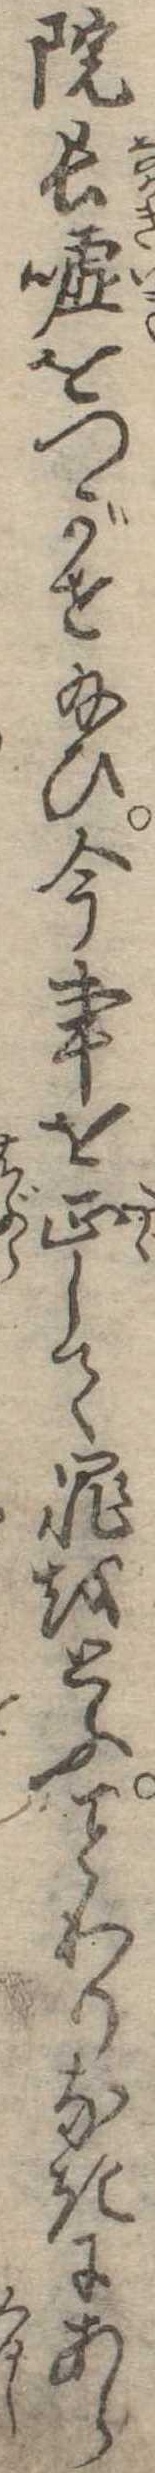
院長嘘をつがせ給ひ今事を正して罪をとふわりなきにあら